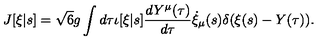
J [ \xi | s ] = \sqrt { 6 } g \int d \tau \iota [ \xi | s ] \frac { d Y ^ { \mu } ( \tau ) } { d \tau } \dot { \xi } _ { \mu } ( s ) \delta ( \xi ( s ) - Y ( \tau ) ) .